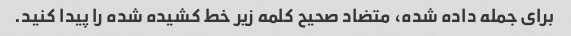
برای جمله داده شده، متضاد صحیح کلمه زیر خط کشیده شده را پیدا کنید.